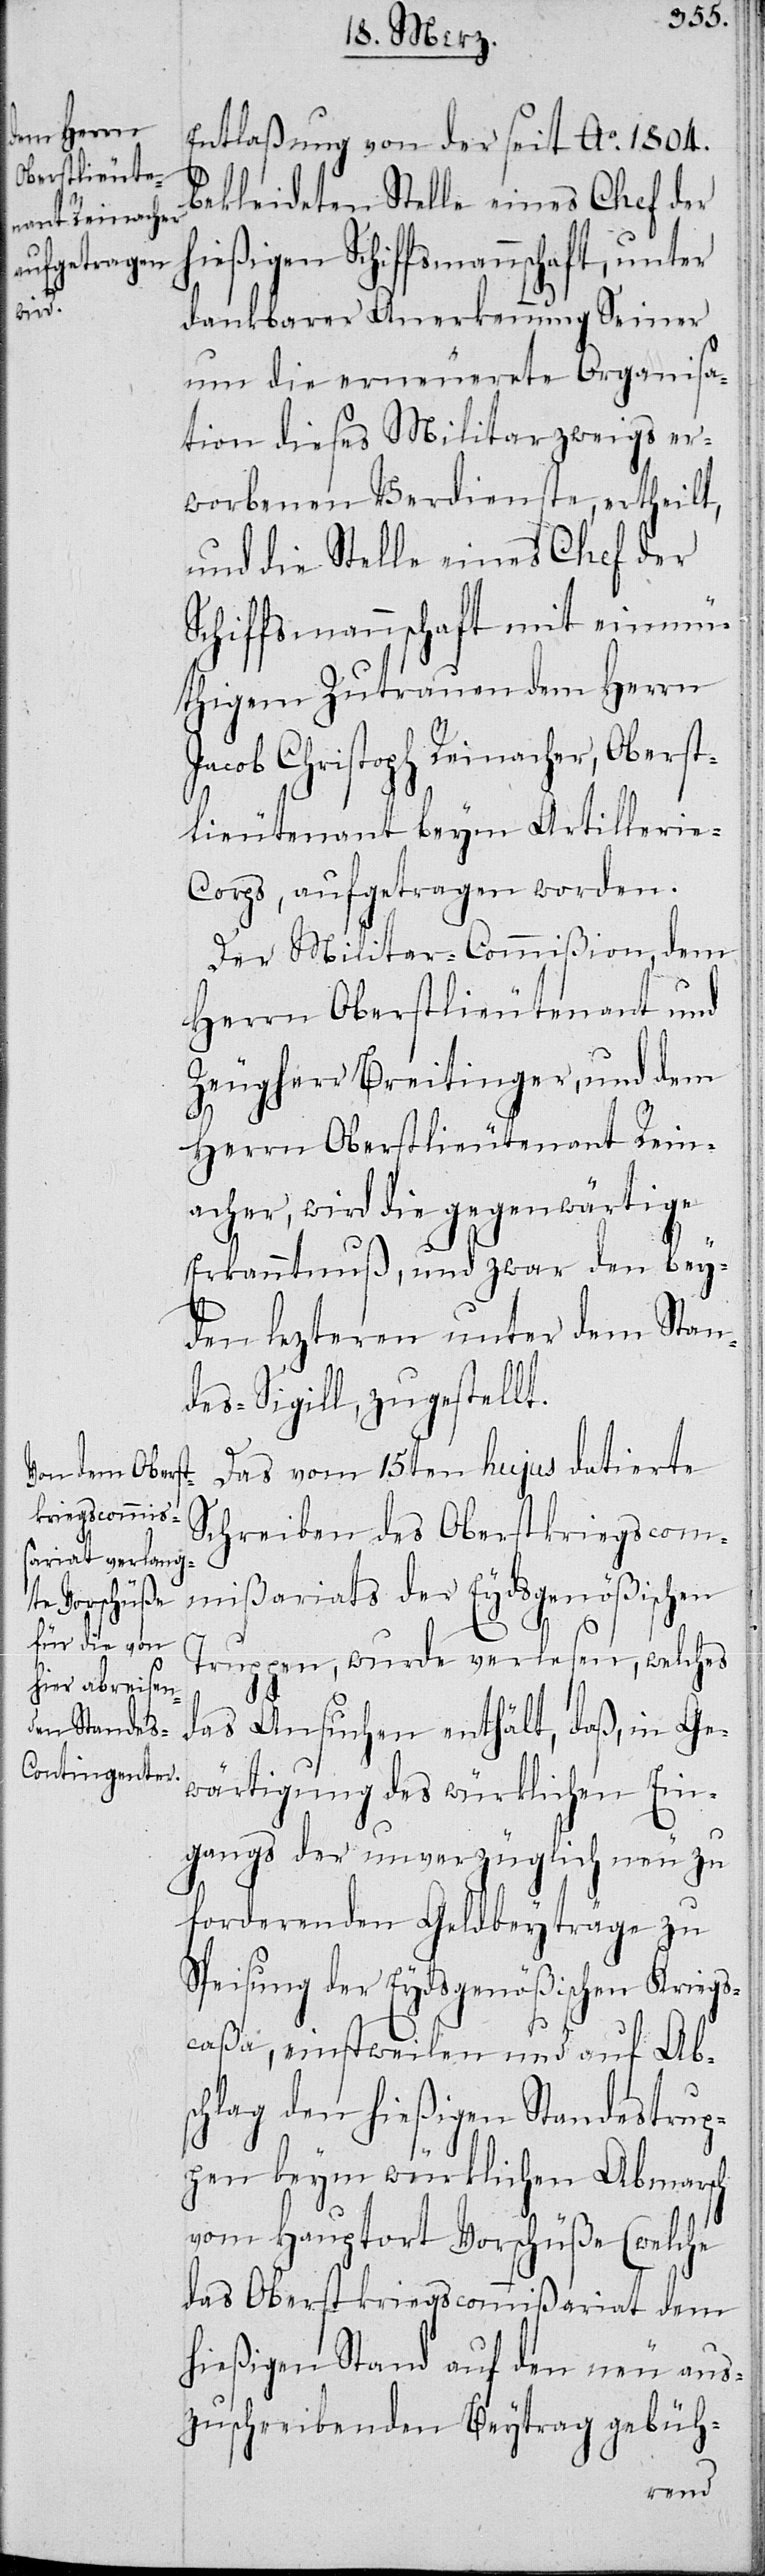
Entlaßung von der seit Ao. 1804.
bekleideten Stelle eines Chef der
hießigen Schiffsmannschaft, unter
dankbarer Anerkennung Seiner
um die erneuerete Organisa¬
tion dieses Militarzweigs er¬
worbenen Verdienste, ertheilt,
und die Stelle eines Chefs der
Schiffsmannschaft mit einmü¬
thigem Zutrauen dem Herrn
Jacob Christoph Reinacher, Oberst¬
lieutenant beym Artilleri¬
e-Corps, aufgetragen worden.
Der Militar-Commißion, dem
Herrn Oberstlieutenant und
Zeugherr Breitinger, und dem
Herrn Oberstlieutenant Rein¬
acher, wird die gegenwärtige
Erkanntnuß, und zwar den bey¬
den lezteren unter dem Stan¬
des-Sigill, zugestellt.
Das vom 15ten hujus datierte
Schreiben des Oberstkriegscom¬
mißariat der Eydsgenößischen
Truppen, wurde verlesen, welches
das Ansuchen enthält, daß, in Ge¬
wärtigung des würklichen Ein¬
gangs der unverzüglich neu zu
forderenden Geldbeyträge zu
Speisung der Eydsgenößischen Kriegs¬
caßa, einstweilen und auf Abs¬
chlag den hießigen Standestrup¬
pen beym würklichen Abmarsch
vom Hauptort Vorschüße (welche
das Oberstkriegscommißariat dem
hießigen Stand auf den neu aus¬
zuschreibenden Beytrag gebüh-